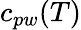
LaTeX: c_{pw}(T)